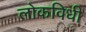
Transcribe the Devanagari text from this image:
लोकविधी